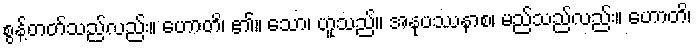
စွန့်တတ်သည်လည်း။ ဟောတိ၊ ၏။ သော၊ ဟူသည်။ အနုပဿနာစ၊ မည်သည်လည်း။ ဟောတိ၊